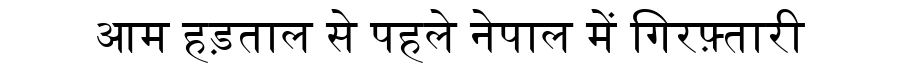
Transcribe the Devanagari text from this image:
आम हड़ताल से पहले नेपाल में गिरफ़्तारी